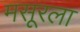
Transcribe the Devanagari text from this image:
मसूरला